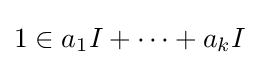
1\in a_{1}I+\cdots +a_{k}I